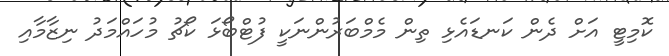
ކޮމިޓީ އަށް ދެން ކަނޑައެޅި ތިން މެމްބަރުންނަކީ ފުޓްބޯޅަ ކޯޗު މުހައްމަދު ނިޒާމާއި